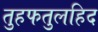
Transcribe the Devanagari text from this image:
तुहफतुलहिद